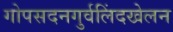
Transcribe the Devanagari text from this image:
गोपसदनगुर्वलिंदखेलन